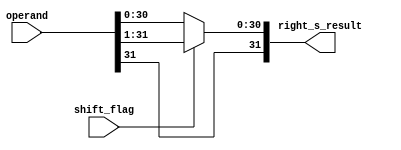
module right_shift_1 (shift_flag,right_s_result,operand);
	input[31:0] operand;
	input shift_flag;
	output[31:0] right_s_result;

	wire[31:0] shifted;
	assign shifted[30:0] = operand[31:1];
	assign shifted[31] = operand[31];

	assign right_s_result = shift_flag ? shifted:operand;


endmodule